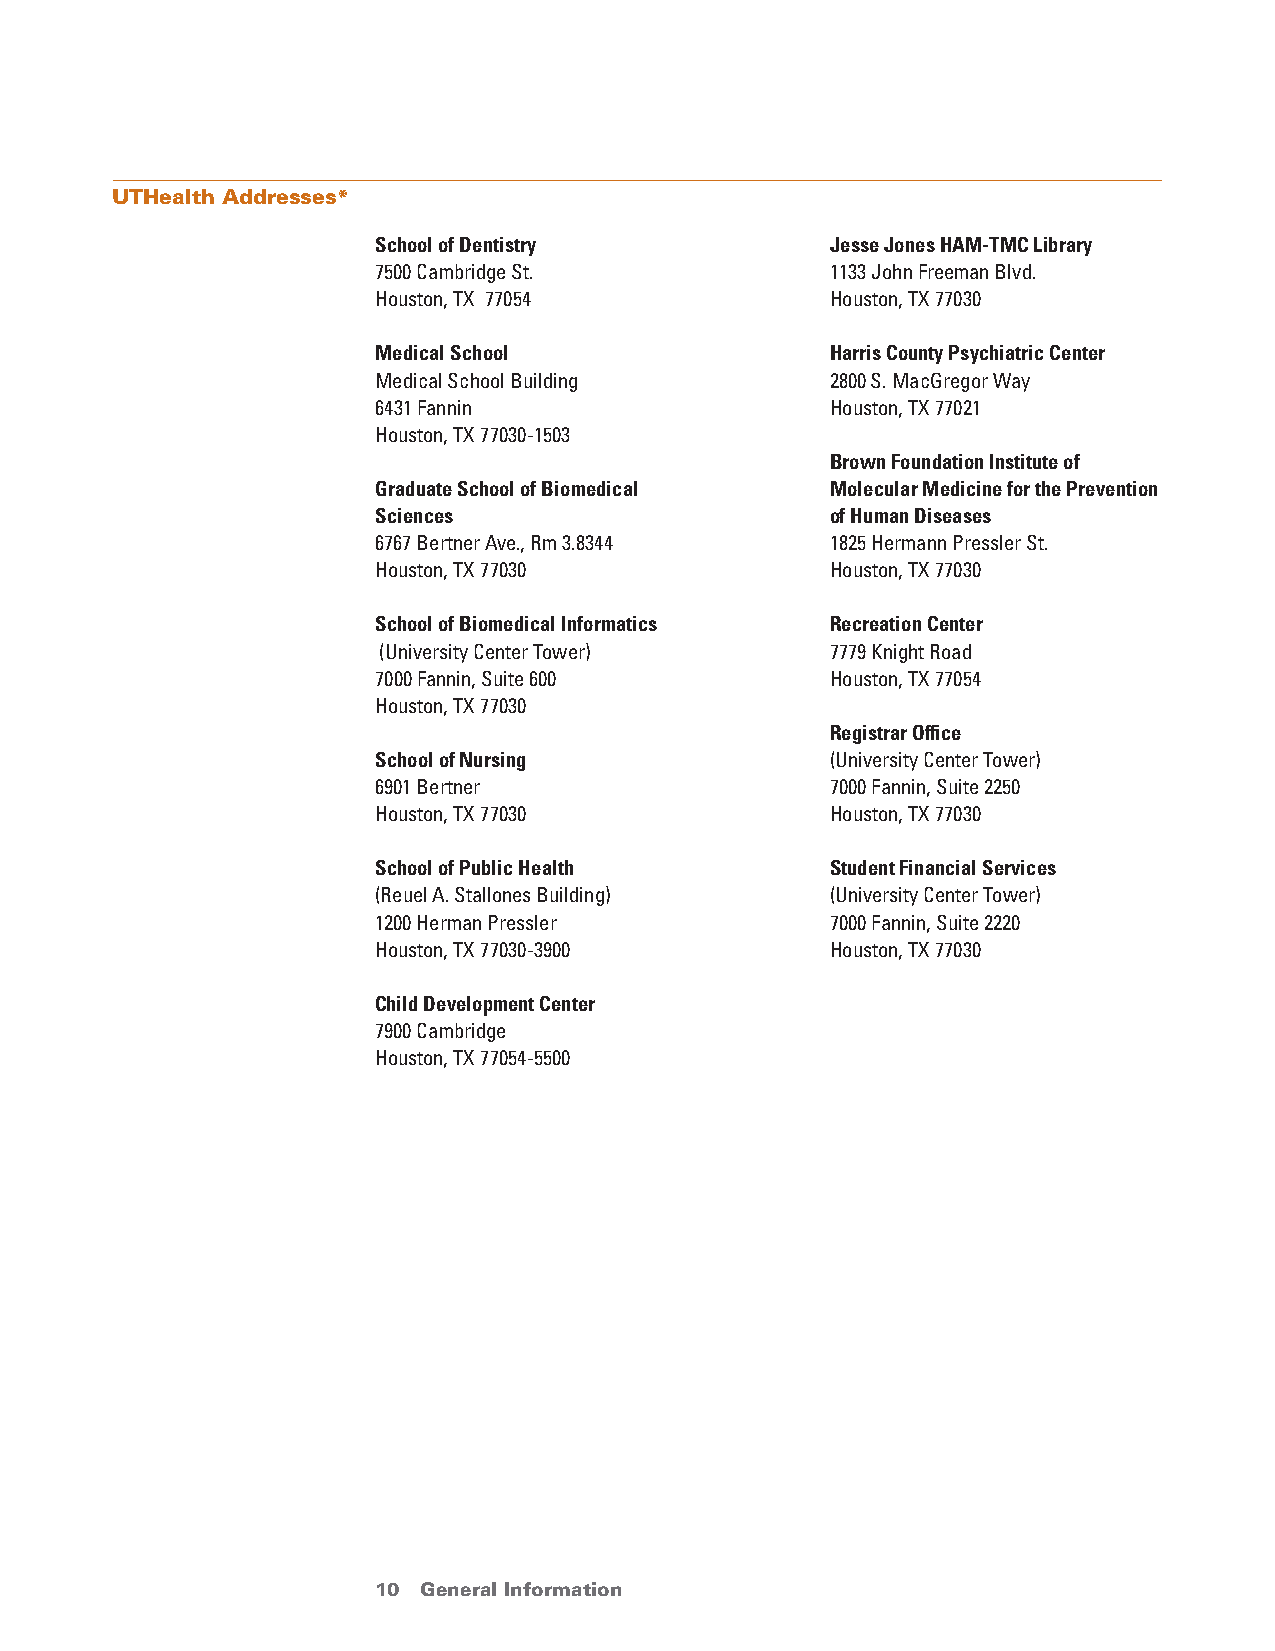
UTHealth Addresses*
 School of Dentistry           Jesse Jones Ham-TmC library
 7500 Cambridge St.            1133 John Freeman Blvd.
 Houston, TX 77054             Houston, TX 77030
 medical School                Harris County Psychiatric Center
 Medical School Building       2800 S. MacGregor Way
 6431 Fannin                   Houston, TX 77021
 Houston, TX 77030-1503
 Brown foundation Institute of
 Graduate School of Biomedical molecular medicine for the Prevention
 Sciences                      of Human Diseases
 6767 Bertner Ave., Rm 3.8344  1825 Hermann Pressler St.
 Houston, TX 77030             Houston, TX 77030
 School of Biomedical Informatics recreation Center
 (University Center Tower)     7779 Knight Road
 7000 Fannin, Suite 600        Houston, TX 77054
 Houston, TX 77030
 registrar office
 School of nursing             (University Center Tower)
 6901 Bertner                  7000 Fannin, Suite 2250
 Houston, TX 77030             Houston, TX 77030
 School of Public Health       Student financial Services
 (Reuel A. Stallones Building) (University Center Tower)
 1200 Herman Pressler          7000 Fannin, Suite 2220
 Houston, TX 77030-3900        Houston, TX 77030
 Child Development Center
 7900 Cambridge
 Houston, TX 77054-5500
 10 General Information                 return to Table of Contents